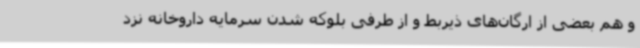
و هم بعضی از ارگان‌های ذیربط و از طرفی بلوکه شدن سرمایه داروخانه نزد